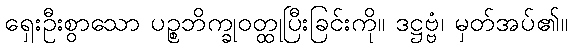
ရှေးဦးစွာသော ပဉ္စဘိက္ခုဝတ္ထုပြီးခြင်းကို။ ဒဋ္ဌဗ္ဗံ၊ မှတ်အပ်၏။